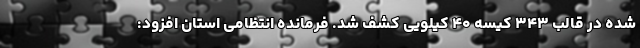
شده در قالب ۳۴۳ کیسه ۴۰ کیلویی کشف شد. فرمانده انتظامی استان افزود: